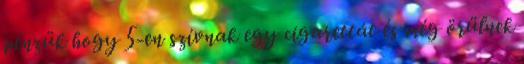
pénzük hogy 5-en szívnak egy cigarettát és még örülnek